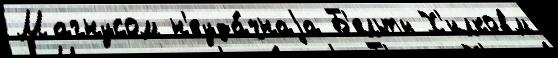
Магнусом н'еуда́чнаjа Б'ельты Х'илковм